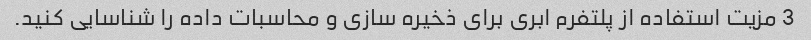
3 مزیت استفاده از پلتفرم ابری برای ذخیره سازی و محاسبات داده را شناسایی کنید.